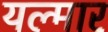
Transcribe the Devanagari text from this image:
यल्मार